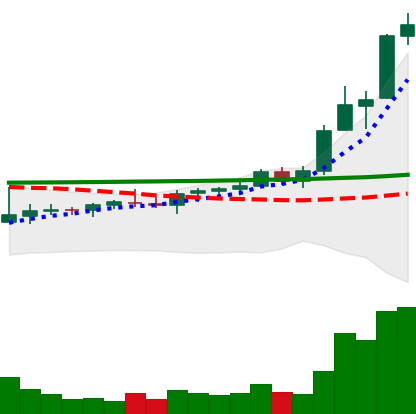
Ticker: ADA-USD
Chart end date: 2021-08-14
Forward return: 10.789%
Label: up_7plus